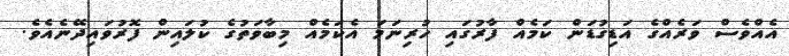
އެއްވެސް ވަރެއްގެ އަޑިގުޑަން ކަމެއް ފާރުގައި ހުރިނަމަ އެކަމެއް މިބާވަތުގެ ކުލައިން ފޮރުވައިދޭނެއެވެ.